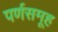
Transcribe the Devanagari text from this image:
पर्णसमूह